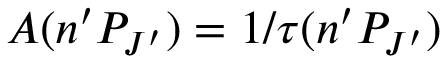
A ( n ^ { \prime } P _ { J ^ { \prime } } ) = 1 / \tau ( n ^ { \prime } P _ { J ^ { \prime } } )